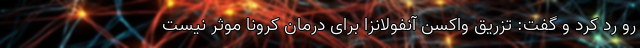
رو رد کرد و گفت: تزریق واکسن آنفولانزا برای درمان کرونا موثر نیست